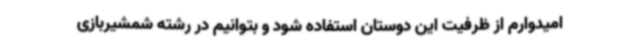
امیدوارم از ظرفیت این دوستان استفاده شود و بتوانیم در رشته شمشیربازی